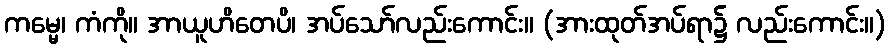
ကမ္မေ၊ ကံကို။ အာယူဟိတေပိ၊ အပ်သော်လည်းကောင်း။ (အားထုတ်အပ်ရာ၌ လည်းကောင်း။)